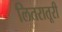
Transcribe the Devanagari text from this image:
लितरातूरी